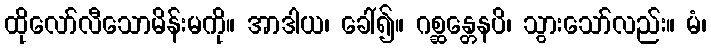
ထိုလော်လီသောမိန်းမကို။ အာဒါယ၊ ခေါ်၍။ ဂစ္ဆန္တေနပိ၊ သွားသော်လည်း။ မံ၊